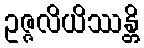
ဥဇ္ဇလိယိဿန္တိ